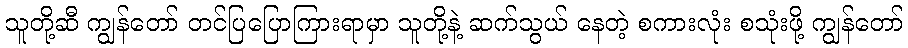
သူတို့ဆီ ကျွန်တော် တင်ပြပြောကြားရာမှာ သူတို့နဲ့ ဆက်သွယ် နေတဲ့ စကားလုံး စသုံးဖို့ ကျွန်တော်